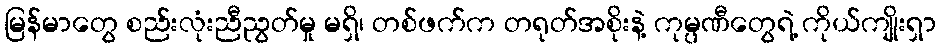
မြန်မာတွေ စည်းလုံးညီညွတ်မှု မရှိ၊ တစ်ဖက်က တရုတ်အစိုးနဲ့ ကုမ္ပဏီတွေရဲ့ ကိုယ်ကျိုးရှာ